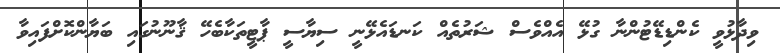
ވިދާޅުވީ ކެންޑިޑޭޓުންނާ ގުޅޭ އެއްވެސް ޝަރުތެއް ކަނޑައެޅޭނީ ސިޔާސީ ޕާޓީތަކާބެހޭ ޤާނޫނުގައި ބަޔާންކޮށްފައިވާ